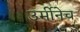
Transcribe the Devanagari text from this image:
उर्मीनेच